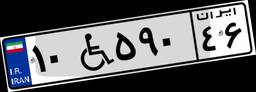
۱۰W۵۹۰۴۶